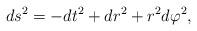
LaTeX: \begin{align*}ds^2 = - dt^2 + dr^2 + r^2 d\varphi^2, \end{align*}